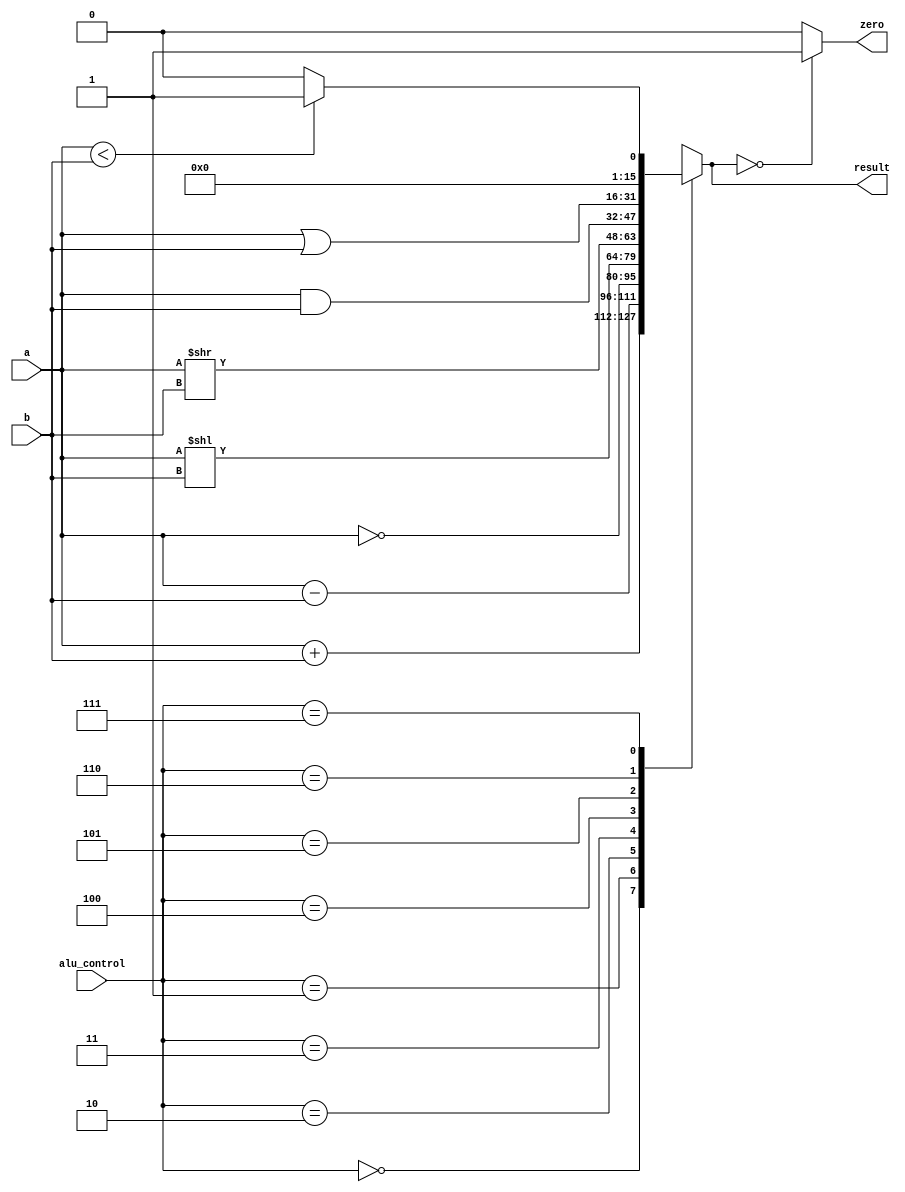
`timescale 1ns / 1ps
//////////////////////////////////////////////////////////////////////////////////
// Company: 
// Engineer: 
// 
// Design Name: 
// Module Name: ALU
// Project Name: 
// Target Devices: 
// Tool Versions: 
// Description: 
// 
// Dependencies: 
// 
// Revision:
// Revision 0.01 - File Created
// Additional Comments:
// 
//////////////////////////////////////////////////////////////////////////////////


module ALU(
    input [15:0] a,
    input [15:0] b,
    input [2:0] alu_control,
    output reg [15:0] result,
    output zero
    );
    
    //respective alu operations on the basis of control
    always @ (*) begin
        case (alu_control)
            3'b000: result = a + b; // add
            3'b001: result = a - b; // sub
            3'b010: result = ~a;
            3'b011: result = a<<b;
            3'b100: result = a>>b;
            3'b101: result = a & b; // and
            3'b110: result = a | b; // or
            3'b111: begin if (a<b) result = 16'd1;
               else result = 16'd0;
               end
            default:result = a + b; // add
        endcase
    end
   
   //zero control signal
   assign zero = (result == 16'd0) ? 1'b1 : 1'b0;
endmodule